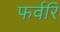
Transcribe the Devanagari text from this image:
फर्वरि